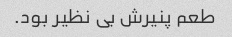
طعم پنیرش بی نظیر بود.